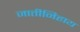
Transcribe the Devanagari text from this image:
जातीनिहाय